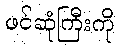
ဖင်ဆုံကြီးကို